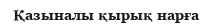
Қазыналы қырық нарға